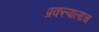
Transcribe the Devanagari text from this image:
प्रकल्पालाच